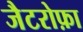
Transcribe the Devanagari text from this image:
जैटरोफ़ा